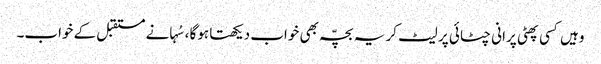
وہیں کسی پھٹی پرانی چٹائی پر لیٹ کر یہ بچّہ بھی خواب دیکھتا ہوگا ،سُہانے مستقبل کے خواب۔